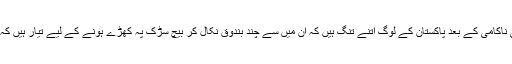
پے درپے حکومتوں کی ناکامی کے بعد پاکستان کے لوگ اتنے تنگ ہیں کہ ان میں سے چند بندوق نکال کر بیچ سڑک پہ کھڑے ہونے کے لیے تیار ہیں کہ،'بند کرو اب یہ بکواس۔